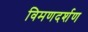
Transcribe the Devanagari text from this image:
विमणदर्शण